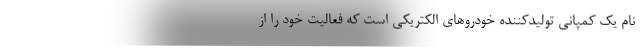
نام یک کمپانی تولیدکننده خودروهای الکتریکی است که فعالیت خود را از